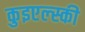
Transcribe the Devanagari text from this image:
कुइएल्स्की